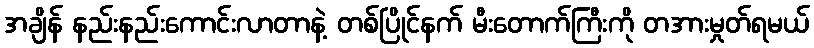
အချိန် နည်းနည်းကောင်းလာတာနဲ့ တစ်ပြိုင်နက် မီးတောက်ကြီးကို တအားမှုတ်ရမယ်